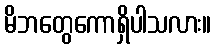
မိဘတွေကောရှိပါသလား။